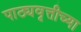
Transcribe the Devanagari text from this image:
पाठ्यवृत्तीच्या